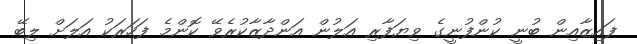
ފައިޒާއިން ބުނީ ކުންފުނީގެ ވިޔަފާރި އަލުން އަންދާޒާކުރެވޭ ކޮންމެ ފަހަރަކު އަލަށް ލިބޭ